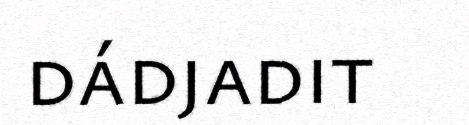
dádjadit